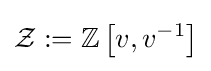
{\mathcal {Z}}:=\mathbb {Z} \left[v,v^{-1}\right]